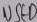
Text: USED